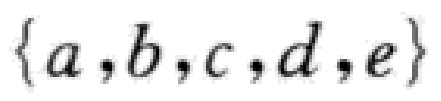
$\{a,b,c,d,e\}$